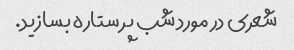
شعری در مورد شب پر ستاره بسازید.